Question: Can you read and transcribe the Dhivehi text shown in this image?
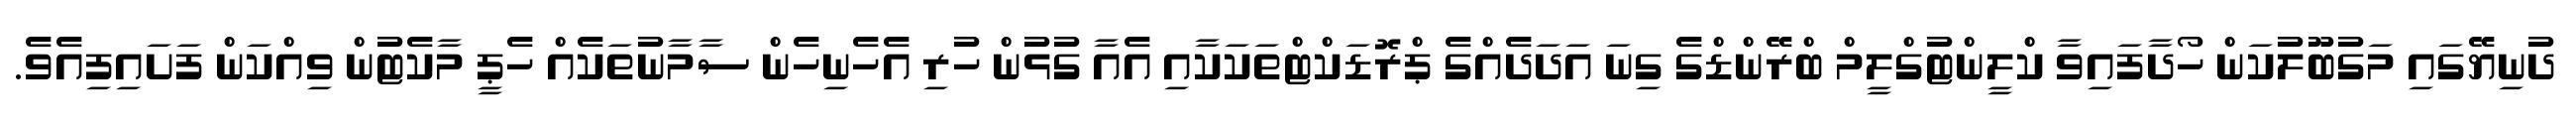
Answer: ދުނިޔޭގައި މަގުބޫލުކަން ހޯދާފައިވާ ކްލީންޓުގްލީމް ބްރޭންޑްގެ ގިނަ އަދަދެއްގެ ޕްރޮޑަކްޓްތަކަކާއި އެއާ ގުޅުން ހުރި އެހެނިހެން ސާމާނުތަކެއް ހެޕީ މާކެޓުން ވިއްކަން ފަށައިފިއެވެ.